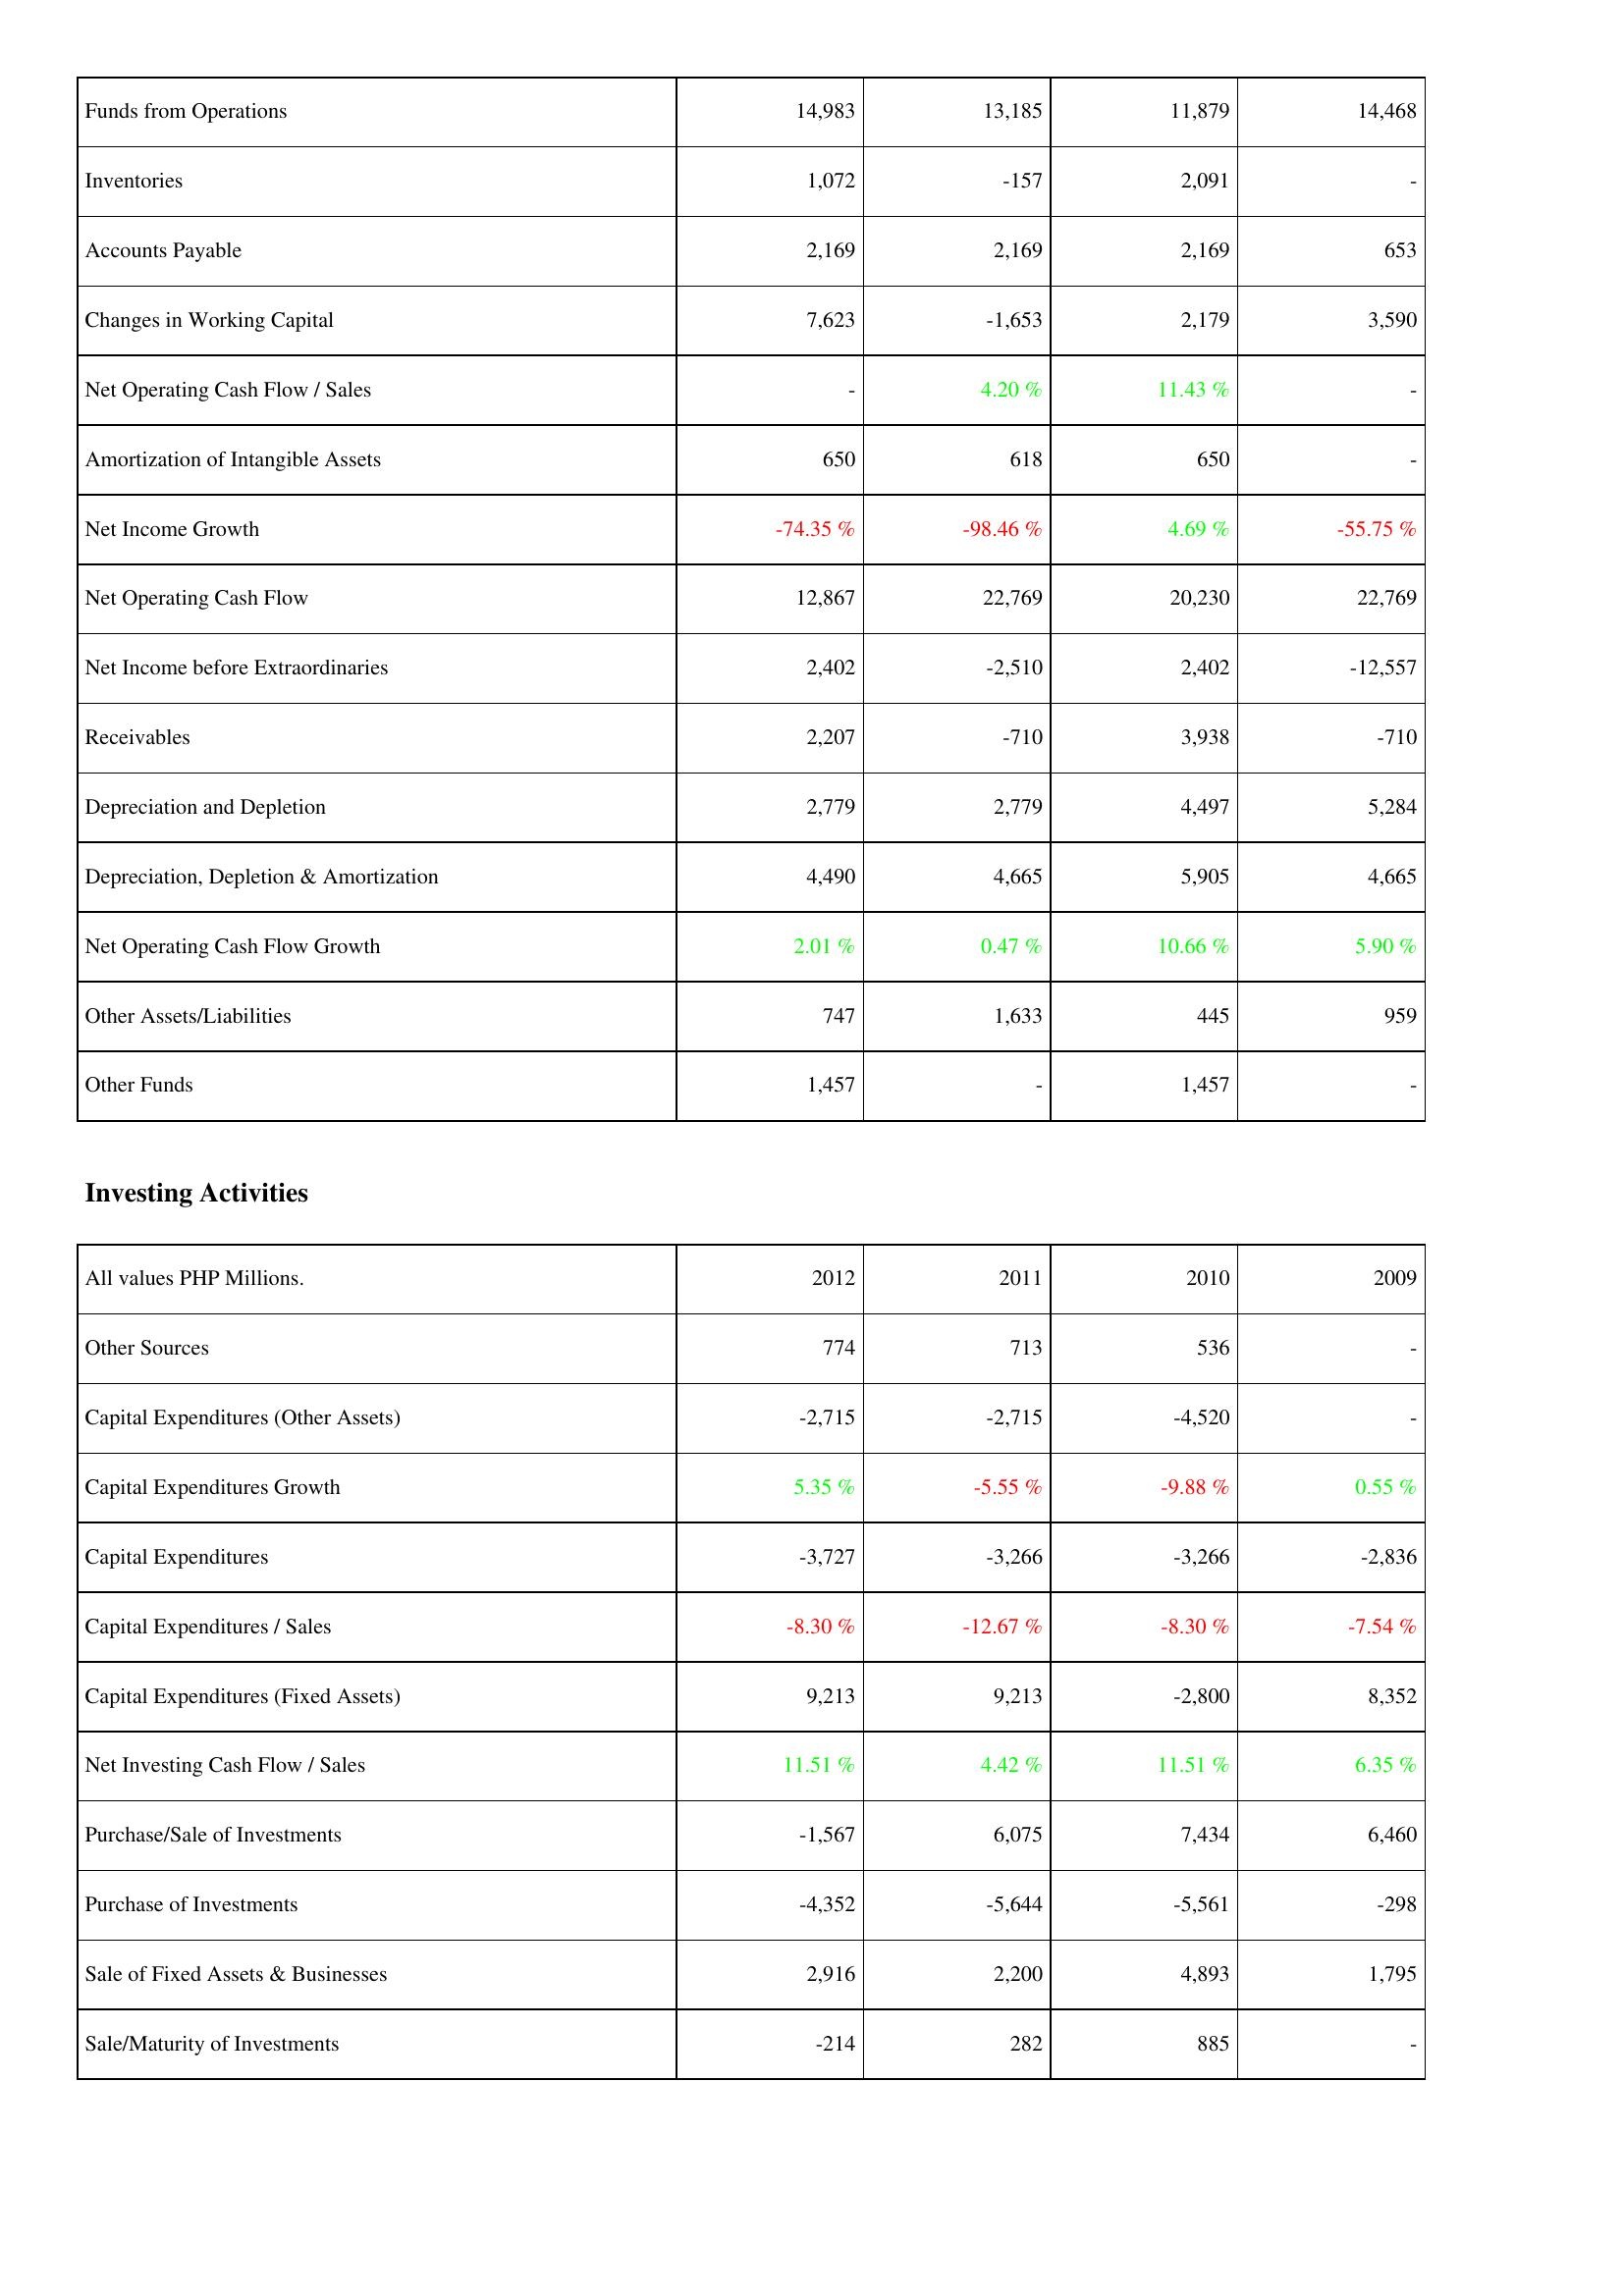
2012: Operating Activities: Funds from Operations: 14,983
Inventories: 1,072
Accounts Payable: 2,169
Changes in Working Capital: 7,623
Net Operating Cash Flow / Sales: -
Amortization of Intangible Assets: 650
Net Income Growth: -74.35 %
Net Operating Cash Flow: 12,867
Net Income before Extraordinaries: 2,402
Receivables: 2,207
Depreciation and Depletion: 2,779
Depreciation, Depletion & Amortization: 4,490
Net Operating Cash Flow Growth: 2.01 %
Other Assets/Liabilities: 747
Other Funds: 1,457
Investing Activities: Other Sources: 774
Capital Expenditures (Other Assets): -2,715
Capital Expenditures Growth: 5.35 %
Capital Expenditures: -3,727
Capital Expenditures / Sales: -8.30 %
Capital Expenditures (Fixed Assets): 9,213
Net Investing Cash Flow / Sales: 11.51 %
Purchase/Sale of Investments: -1,567
Purchase of Investments: -4,352
Sale of Fixed Assets & Businesses: 2,916
Sale/Maturity of Investments: -214
2011: Operating Activities: Funds from Operations: 13,185
Inventories: -157
Accounts Payable: 2,169
Changes in Working Capital: -1,653
Net Operating Cash Flow / Sales: 4.20 %
Amortization of Intangible Assets: 618
Net Income Growth: -98.46 %
Net Operating Cash Flow: 22,769
Net Income before Extraordinaries: -2,510
Receivables: -710
Depreciation and Depletion: 2,779
Depreciation, Depletion & Amortization: 4,665
Net Operating Cash Flow Growth: 0.47 %
Other Assets/Liabilities: 1,633
Other Funds: -
Investing Activities: Other Sources: 713
Capital Expenditures (Other Assets): -2,715
Capital Expenditures Growth: -5.55 %
Capital Expenditures: -3,266
Capital Expenditures / Sales: -12.67 %
Capital Expenditures (Fixed Assets): 9,213
Net Investing Cash Flow / Sales: 4.42 %
Purchase/Sale of Investments: 6,075
Purchase of Investments: -5,644
Sale of Fixed Assets & Businesses: 2,200
Sale/Maturity of Investments: 282
2010: Operating Activities: Funds from Operations: 11,879
Inventories: 2,091
Accounts Payable: 2,169
Changes in Working Capital: 2,179
Net Operating Cash Flow / Sales: 11.43 %
Amortization of Intangible Assets: 650
Net Income Growth: 4.69 %
Net Operating Cash Flow: 20,230
Net Income before Extraordinaries: 2,402
Receivables: 3,938
Depreciation and Depletion: 4,497
Depreciation, Depletion & Amortization: 5,905
Net Operating Cash Flow Growth: 10.66 %
Other Assets/Liabilities: 445
Other Funds: 1,457
Investing Activities: Other Sources: 536
Capital Expenditures (Other Assets): -4,520
Capital Expenditures Growth: -9.88 %
Capital Expenditures: -3,266
Capital Expenditures / Sales: -8.30 %
Capital Expenditures (Fixed Assets): -2,800
Net Investing Cash Flow / Sales: 11.51 %
Purchase/Sale of Investments: 7,434
Purchase of Investments: -5,561
Sale of Fixed Assets & Businesses: 4,893
Sale/Maturity of Investments: 885
2009: Operating Activities: Funds from Operations: 14,468
Inventories: -
Accounts Payable: 653
Changes in Working Capital: 3,590
Net Operating Cash Flow / Sales: -
Amortization of Intangible Assets: -
Net Income Growth: -55.75 %
Net Operating Cash Flow: 22,769
Net Income before Extraordinaries: -12,557
Receivables: -710
Depreciation and Depletion: 5,284
Depreciation, Depletion & Amortization: 4,665
Net Operating Cash Flow Growth: 5.90 %
Other Assets/Liabilities: 959
Other Funds: -
Investing Activities: Other Sources: -
Capital Expenditures (Other Assets): -
Capital Expenditures Growth: 0.55 %
Capital Expenditures: -2,836
Capital Expenditures / Sales: -7.54 %
Capital Expenditures (Fixed Assets): 8,352
Net Investing Cash Flow / Sales: 6.35 %
Purchase/Sale of Investments: 6,460
Purchase of Investments: -298
Sale of Fixed Assets & Businesses: 1,795
Sale/Maturity of Investments: -